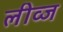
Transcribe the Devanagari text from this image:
लीव्ज